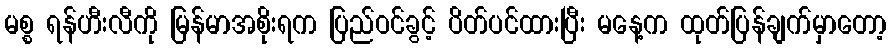
မစ္စ ရန်ဟီးလီကို မြန်မာအစိုးရက ပြည်ဝင်ခွင့် ပိတ်ပင်ထားပြီး မနေ့က ထုတ်ပြန်ချက်မှာတော့